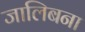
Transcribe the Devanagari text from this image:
जालिबना